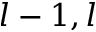
l - 1 , l